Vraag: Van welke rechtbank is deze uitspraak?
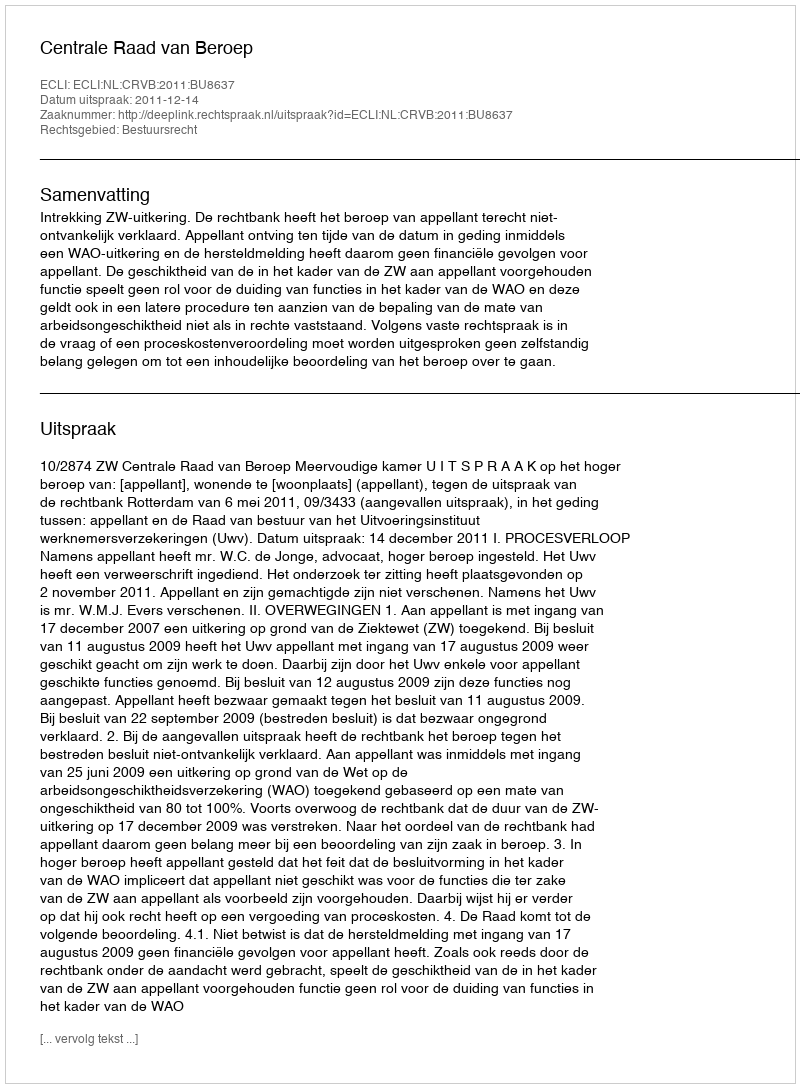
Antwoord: Centrale Raad van Beroep